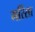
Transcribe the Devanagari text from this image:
मर्रिसा